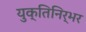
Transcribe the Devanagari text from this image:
युक्तिनिर्भर